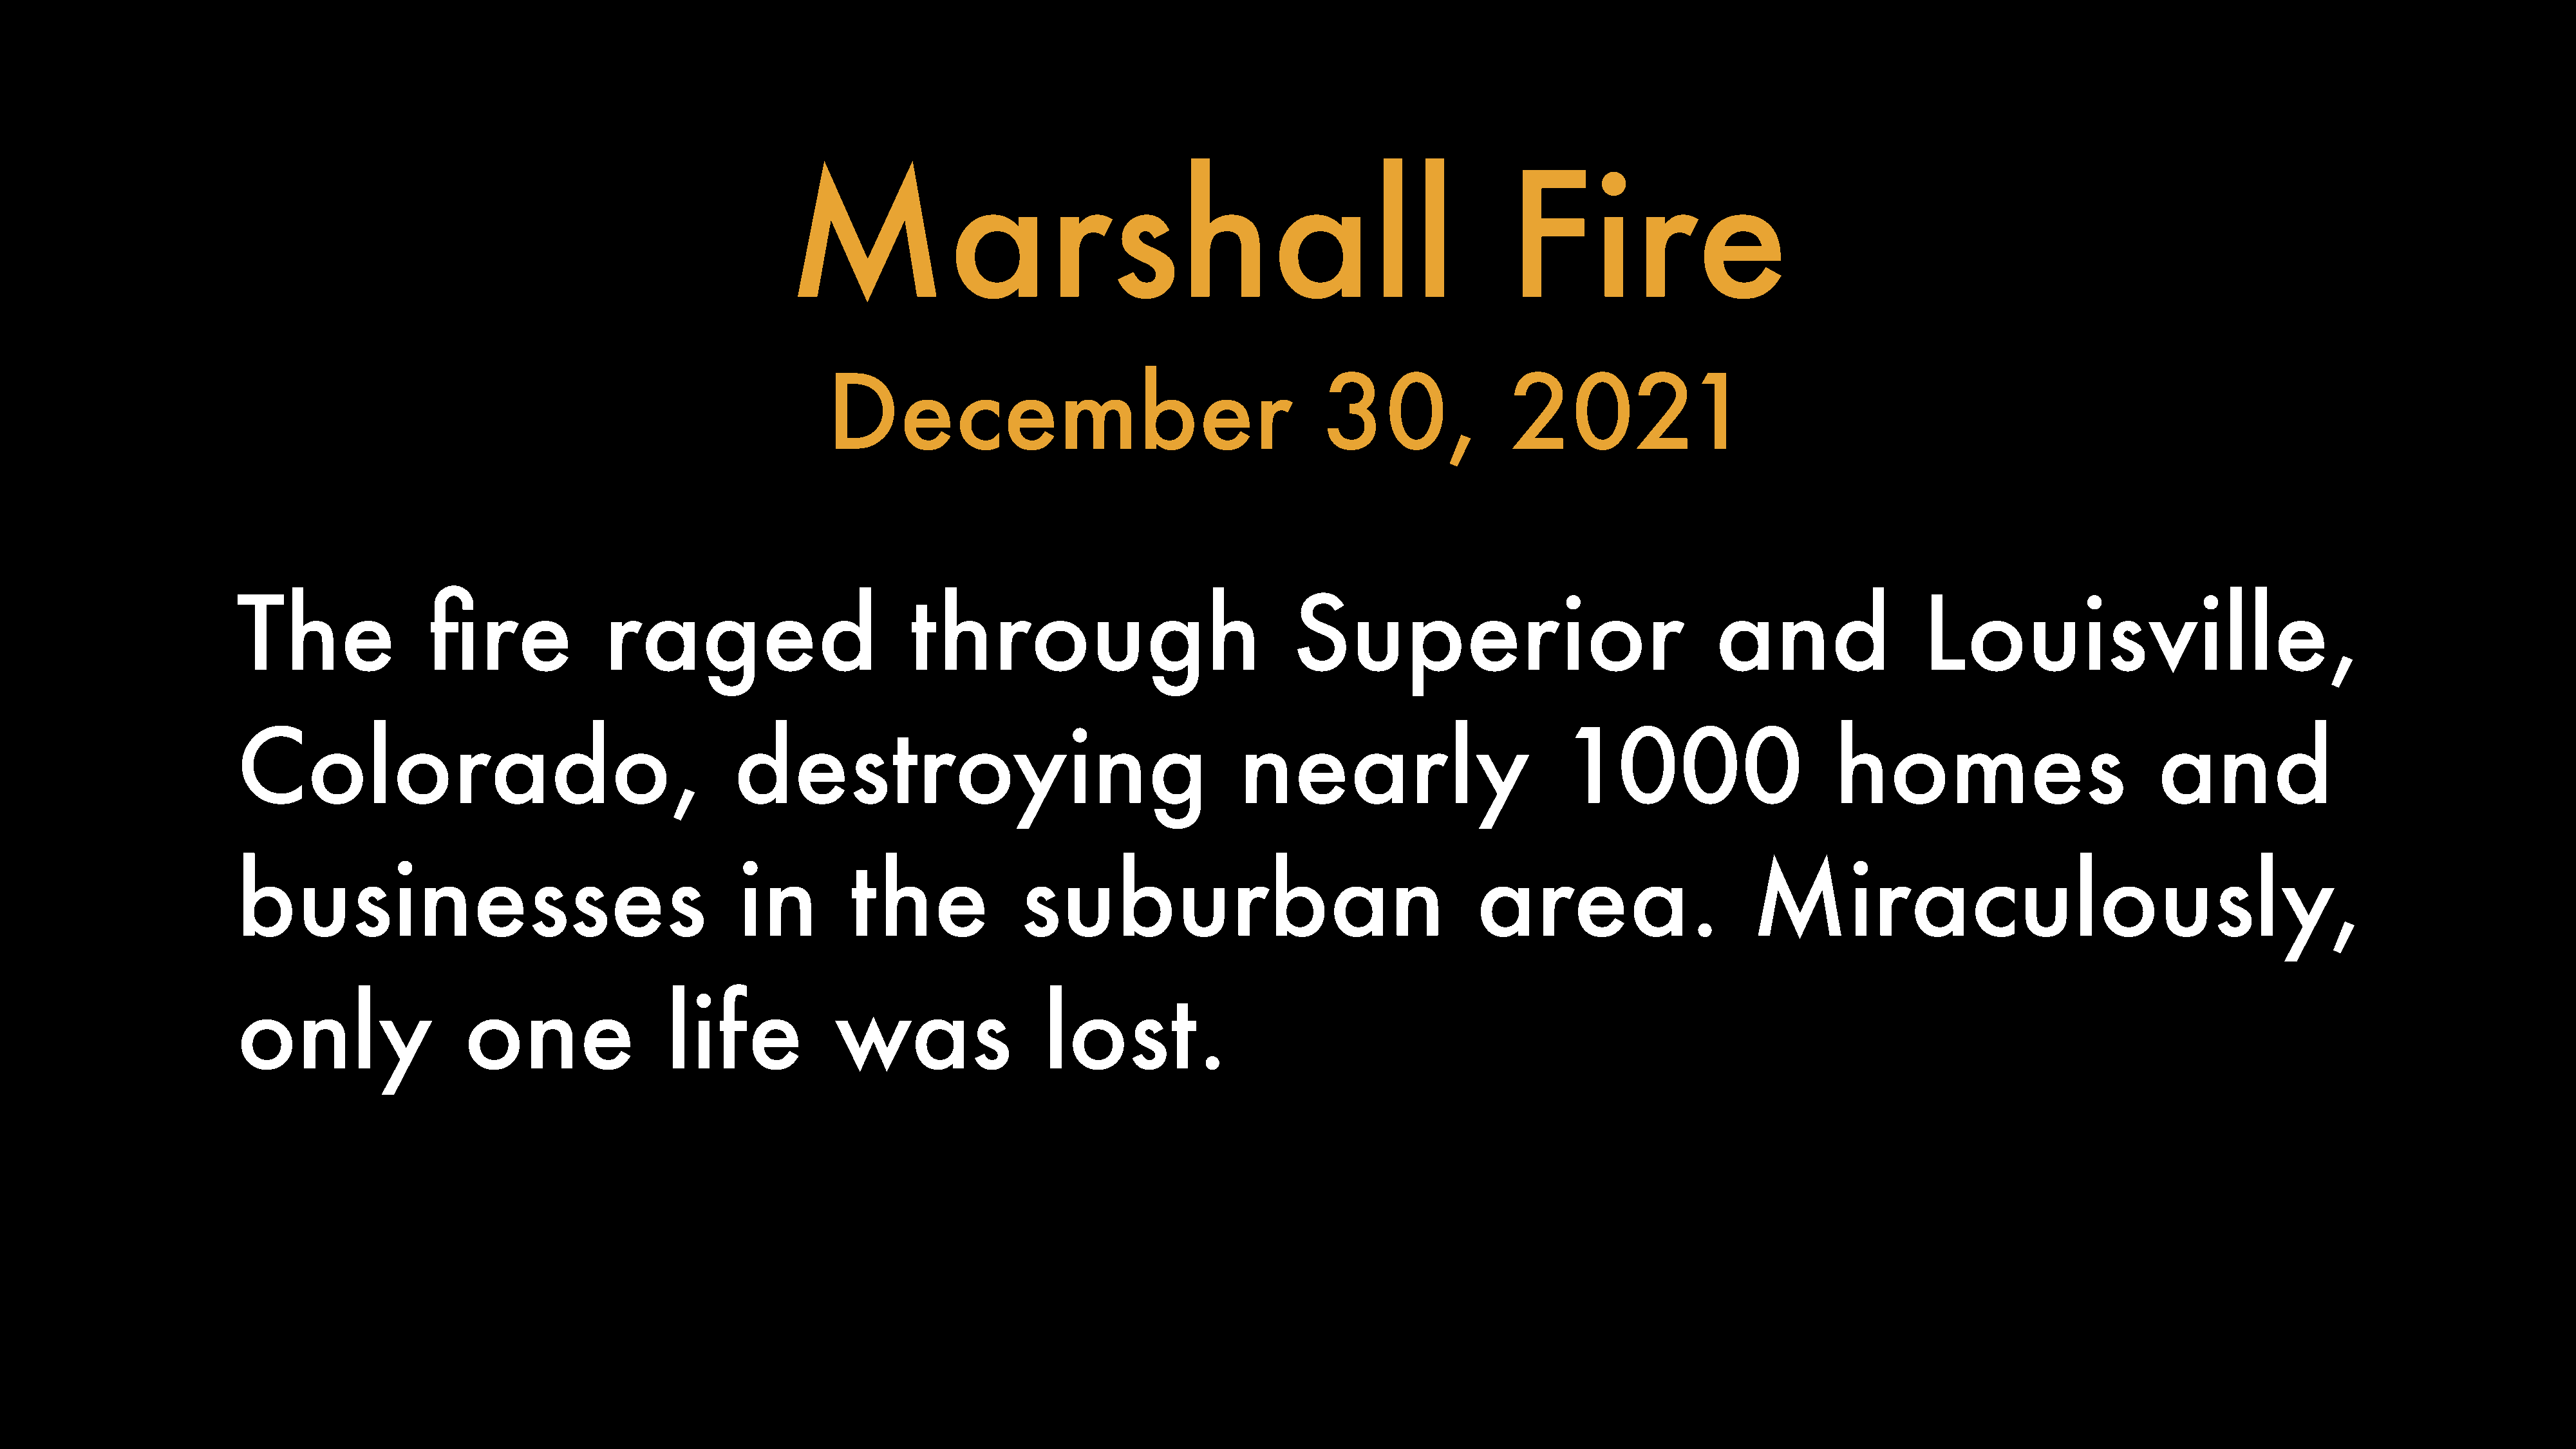
Marshall                                                                  Fire
 December                                           30,                2021
 The                 fire              raged                          through                                 Superior                                   and                   Louisville,
 Colorado,                                          destroying                                          nearly                           1000                         homes                            and
 businesses                                          in         the               suburban                                       area.                       Miraculously,
 only                    one                 life              was                  lost.